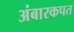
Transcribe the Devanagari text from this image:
अंबारकपत